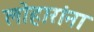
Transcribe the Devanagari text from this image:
लोहारांना